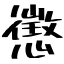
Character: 懲